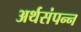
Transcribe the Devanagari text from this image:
अर्थसंपन्न